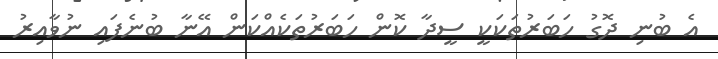
އެ ބުނި ދޮގު ހަބަރުތަކަކީ ސީދާ ކޮން ހަބަރުތަކެއްކަން އޭނާ ބުނެފައި ނުވާއިރު